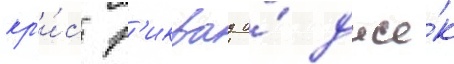
кр'и́с р'иквуд и́ дже́к